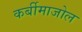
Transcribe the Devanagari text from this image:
कर्बीमाजोल